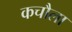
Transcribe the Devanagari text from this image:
कचौला